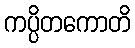
ကပ္ပိတကောတိ